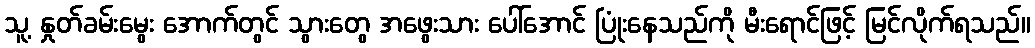
သူ့ နှုတ်ခမ်းမွေး အောက်တွင် သွားတွေ အဖွေးသား ပေါ်အောင် ပြုံးနေသည်ကို မီးရောင်ဖြင့် မြင်လိုက်ရသည်။